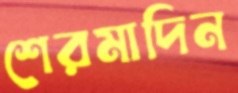
শেরমাদিন